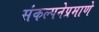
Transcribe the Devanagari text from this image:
संकल्पनेप्रमाणे